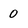
Character: 0